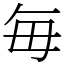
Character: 毎